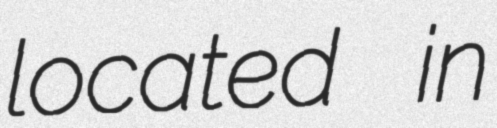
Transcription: located in